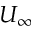
U _ { \infty }